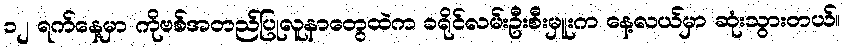
၁၂ ရက်နေ့မှာ ကိုဗစ်အတည်ပြုလူနာတွေထဲက ခရိုင်လမ်းဦးစီးမှူးက နေ့လယ်မှာ ဆုံးသွားတယ်။